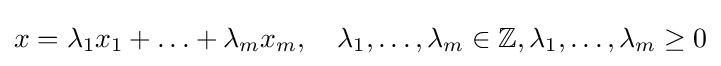
x=\lambda _{1}x_{1}+\ldots +\lambda _{m}x_{m},\quad \lambda _{1},\ldots ,\lambda _{m}\in \mathbb {Z} ,\lambda _{1},\ldots ,\lambda _{m}\geq 0